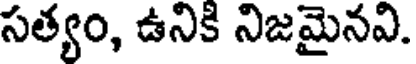
సత్యం, ఉనికి నిజమైనవి.